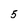
Character: 5